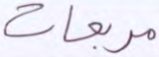
مربعات